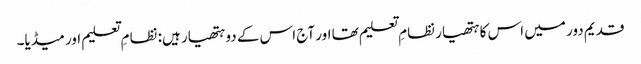
قدیم دور میں اس کا ہتھیار نظامِ تعلیم تھا اور آج اس کے دو ہتھیار ہیں: نظامِ تعلیم اور میڈیا۔